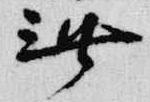
無